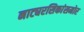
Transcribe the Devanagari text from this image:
नाट्यरसिकांसमोर